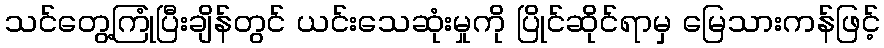
သင်တွေ့ကြုံပြီးချိန်တွင် ယင်းသေဆုံးမှုကို ပြိုင်ဆိုင်ရာမှ မြေသားကန်ဖြင့်